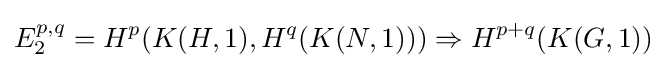
E_{2}^{p,q}=H^{p}(K(H,1),H^{q}(K(N,1)))\Rightarrow H^{p+q}(K(G,1))